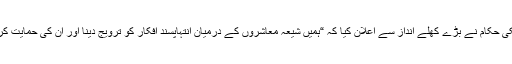
کچھ امریکی حکام نے بڑے کھلے انداز سے اعلان کیا کہ “ہمیں شیعہ معاشروں کے درمیان انتہاپسند افکار کو ترویج دینا اور ان کی حمایت کرنا ہوگی”۔